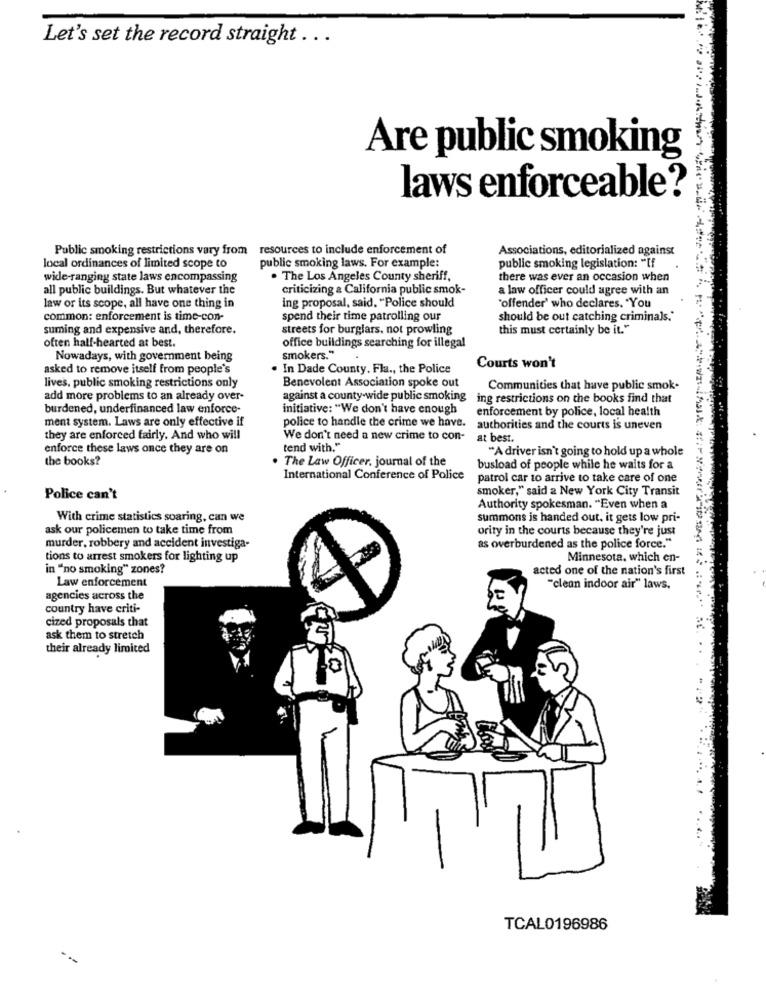
Let's set the record straight ...
Are public smoking
laws enforceable?
Public smoking restrictions vary from resources to include enforcement of
Associations, editorialized against
local ordinances of limited scope to
public smoking laws. For example:
public smoking legislation: "If
wide-ranging state laws encompassing
. The Los Angeles County sheriff,
there was ever an occasion when
all public buildings. But whatever the
criticizing a California public smok-
a law officer could agree with an
ing proposal, said, "Police should
law or its scope, all have one thing in
"offender' who declares. "You
common: enforcement is time-con-
spend their time patrolling our
should be out catching criminals.'
suming and expensive and, therefore.
streets for burglars. not prowling
this must certainly be it."
often half-hearted at best.
office buildings searching for illegal
Nowadays, with government being
smokers."
asked to remove itself from people's
In Dade County. Fla ., the Police
Courts won't
lives, public smoking restrictions only
Benevolent Association spoke out
Communities that have public smok-
add more problems to an already over-
against a county-wide public smoking
ing restrictions on the books find that
burdened, underfinanced law enforce-
initiative: "We don't have enough
enforcement by police, local health
ment system. Laws are only effective if
police to handle the crime we have.
authorities and the courts is uneven
they are enforced fairly. And who will
We don't need a new crime to con- at best.
enforce these laws once they are on
tend with."
"A driver isn't going to hold up a whole
the books?
The Law Officer. journal of the
busload of people while he waits for a
International Conference of Police
patrol car to arrive to take care of one
smoker," said a New York City Transit
Police can't
Authority spokesman. "Even when a
With crime statistics soaring, can we
summons is handed out, it gets low pri-
ask our policemen to take time from
ority in the courts because they're just
murder, robbery and accident investiga-
as overburdened as the police force."
tions to arrest smokers for lighting up
Minnesota, which en-
in "no smoking" zones?
acted one of the nation's first
Law enforcement
"clean indoor air" laws.
agencies across the
country have criti-
cized proposals that
ask them to stretch
their already limited
TCAL0196986